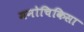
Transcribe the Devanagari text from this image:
मनोचिकिसा